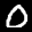
Label: 0